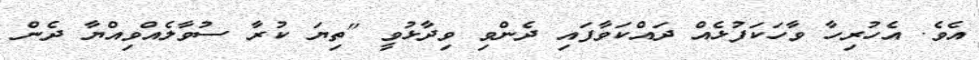
އެވެ. އެހުރިހާ ވާހަކަފުޅެއް ދައްކަވާފައި ދެންވި ވިދާޅުވީ "ތިޔަ ކުރާ ސުވާލެއްވިއްޔާ ދެން